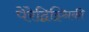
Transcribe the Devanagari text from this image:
पेरेद्विझ्निकी